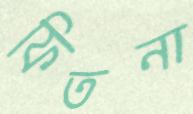
ফিতনা